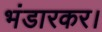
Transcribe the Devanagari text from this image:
भंडारकर।